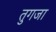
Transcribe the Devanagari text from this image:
तुगजा